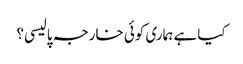
کیا ہے ہماری کوئی خارجہ پالیسی؟